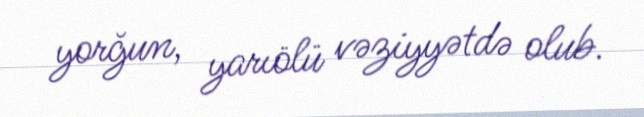
yorğun, yarıölü vəziyyətdə olub.